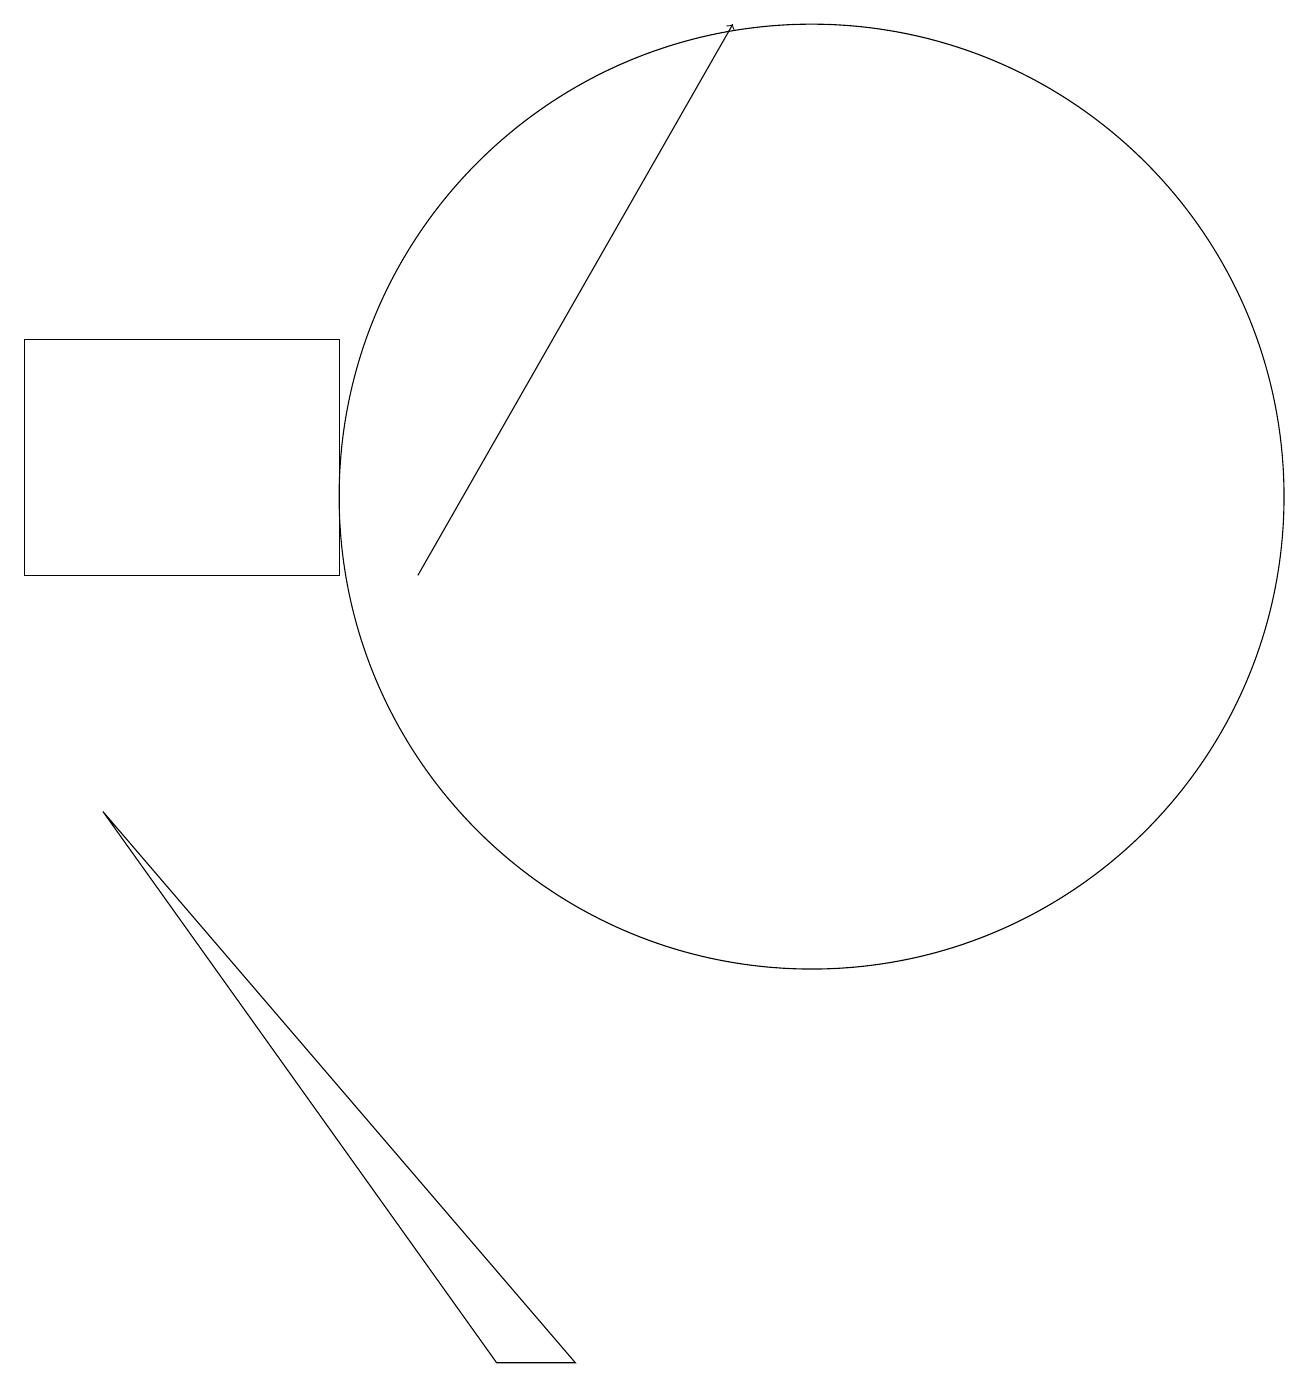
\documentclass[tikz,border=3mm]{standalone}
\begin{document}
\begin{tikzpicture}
\draw (1,7) -- (6,0) -- (7,0) -- cycle;
\draw (10,11) circle (6);
\draw (0,13) rectangle (4,10);
\draw[->] (5,10) -- (9,17);
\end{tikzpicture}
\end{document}